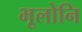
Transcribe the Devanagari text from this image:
भूलोनि